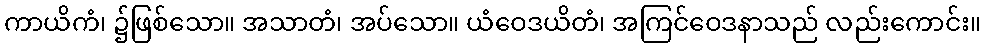
ကာယိကံ၊ ၌ဖြစ်သော။ အသာတံ၊ အပ်သော။ ယံဝေဒယိတံ၊ အကြင်ဝေဒနာသည် လည်းကောင်း။